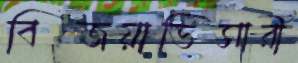
বিজয়াভিসারী